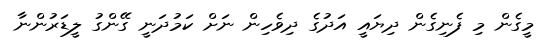
މީގެން މި ފެނިގެން ދިޔައީ އަދުގެ ދިވެހިން ނަށް ކަމުދަނީ ގޭންގު ލީޑަރުންނާ